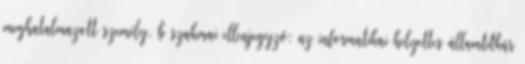
meghatalmazott személy, b szakmai ellenjegyző: az informatikai helyettes államtitkár